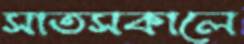
সাতসকালে